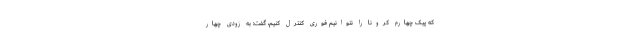
که پیک چهارم کرونا را نتوانیم فوری کنترل کنیم، گفت: به زودی چهار